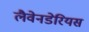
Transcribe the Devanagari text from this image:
लैवेनडेरियस